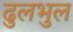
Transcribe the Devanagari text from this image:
ढुलभुल